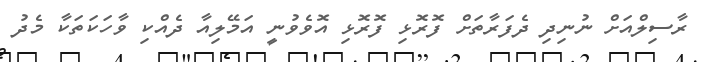
ރާސިލްއަށް ނުނިދި ދެފަރާތަށް ފޮރޮޅި ފޮރޮޅި އޮވެވުނީ އަމޭލިއާ ދެއްކި ވާހަކަތަކާ މެދު